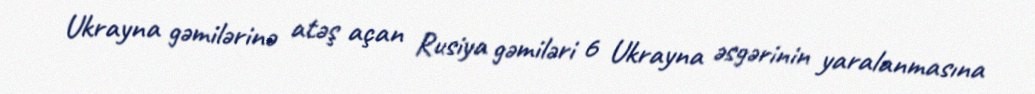
Ukrayna gəmilərinə atəş açan Rusiya gəmiləri 6 Ukrayna əsgərinin yaralanmasına